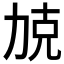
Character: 𱐰